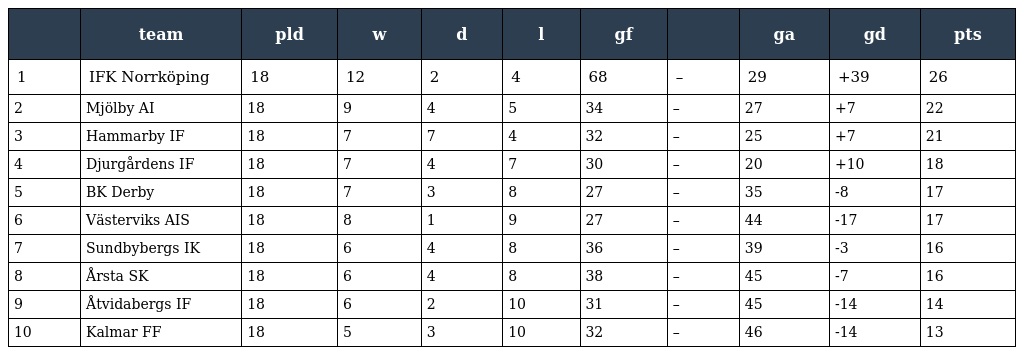
|  | team | pld | w | d | l | gf |  | ga | gd | pts |
 | --- | --- | --- | --- | --- | --- | --- | --- | --- | --- | --- |
 | 1 | IFK Norrköping | 18 | 12 | 2 | 4 | 68 | – | 29 | +39 | 26 |
 | 2 | Mjölby AI | 18 | 9 | 4 | 5 | 34 | – | 27 | +7 | 22 |
 | 3 | Hammarby IF | 18 | 7 | 7 | 4 | 32 | – | 25 | +7 | 21 |
 | 4 | Djurgårdens IF | 18 | 7 | 4 | 7 | 30 | – | 20 | +10 | 18 |
 | 5 | BK Derby | 18 | 7 | 3 | 8 | 27 | – | 35 | -8 | 17 |
 | 6 | Västerviks AIS | 18 | 8 | 1 | 9 | 27 | – | 44 | -17 | 17 |
 | 7 | Sundbybergs IK | 18 | 6 | 4 | 8 | 36 | – | 39 | -3 | 16 |
 | 8 | Årsta SK | 18 | 6 | 4 | 8 | 38 | – | 45 | -7 | 16 |
 | 9 | Åtvidabergs IF | 18 | 6 | 2 | 10 | 31 | – | 45 | -14 | 14 |
 | 10 | Kalmar FF | 18 | 5 | 3 | 10 | 32 | – | 46 | -14 | 13 |